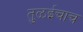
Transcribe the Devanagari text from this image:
तुळईचाच